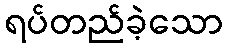
ရပ်တည်ခဲ့သော